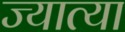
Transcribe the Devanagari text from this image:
ज्यात्या